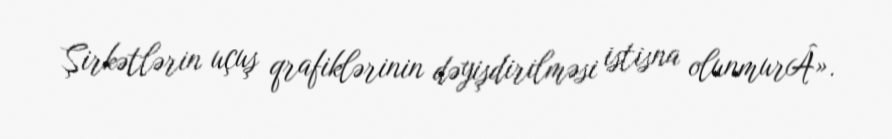
Şirkətlərin uçuş qrafiklərinin dəyişdirilməsi istisna olunmurÂ».